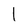
Character: l